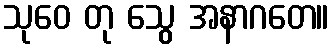
သုဝေ တု သွေ အနာဂတေ။